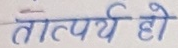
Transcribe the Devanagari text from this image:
तात्पर्य हो